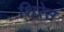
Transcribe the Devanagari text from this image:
शिरेस